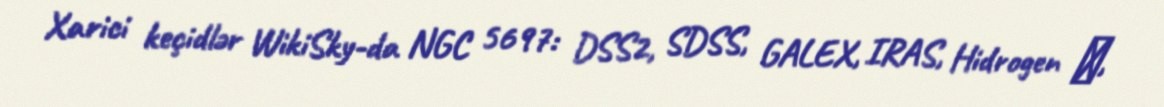
Xarici keçidlər WikiSky-da NGC 5697: DSS2, SDSS, GALEX, IRAS, Hidrogen α,